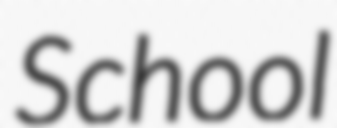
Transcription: School